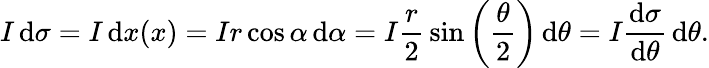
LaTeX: I\, \mathrm{d}\sigma=I\, \mathrm{d}x(x)=Ir\cos\alpha\, \mathrm{d}\alpha=I{\frac{r}{2}}\sin\left({\frac{\theta}{2}}\right)\, \mathrm{d}\theta=I{\frac{\mathrm{d}\sigma}{\mathrm{d}\theta}}\, \mathrm{d}\theta.